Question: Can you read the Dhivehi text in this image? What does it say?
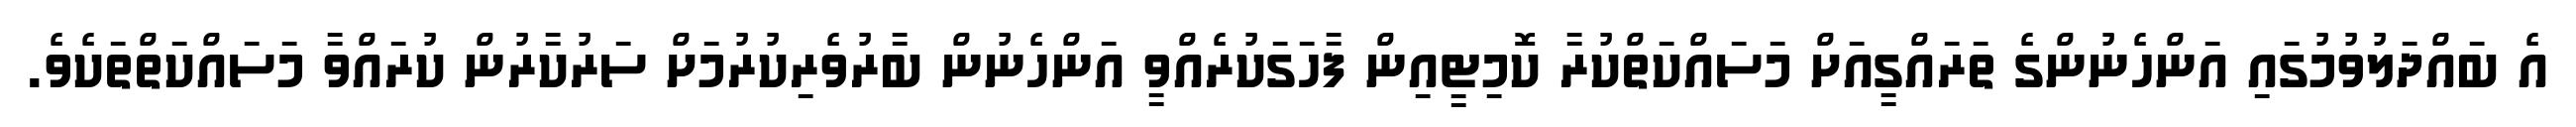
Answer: އެ ބައްދަލުވުމުގައި އަންހެނުންގެ ތަރައްގީއަށް މަސައްކަތްކުރާ ކޮމިޓީއިން ފާހަގަކުރެއްވީ އަންހެނުން ބާރުވެރިކުރުމަށް ސަރުކާރުން ކުރައްވާ މަސައްކަތްތަކެވެ.